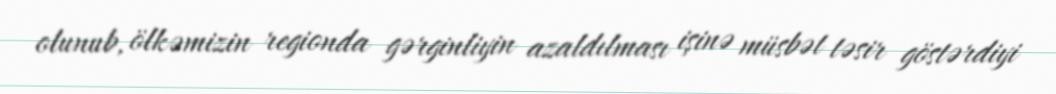
olunub, ölkəmizin regionda gərginliyin azaldılması işinə müsbət təsir göstərdiyi